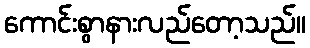
ကောင်းစွာနားလည်တော့သည်။